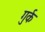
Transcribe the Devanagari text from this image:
गुर्क